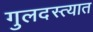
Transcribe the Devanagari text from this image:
गुलदस्त्यात